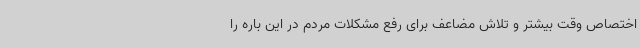
اختصاص وقت بیشتر و تلاش مضاعف برای رفع مشکلات مردم در این باره را